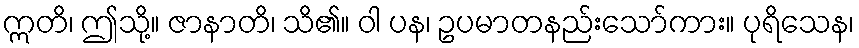
ဣတိ၊ ဤသို့။ ဇာနာတိ၊ သိ၏။ ဝါ ပန၊ ဥပမာတနည်းသော်ကား။ ပုရိသေန၊